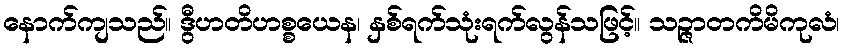
နောက်ကျသည်။ ဒွီဟတိဟစ္စယေန၊ နှစ်ရက်သုံးရက်လွန်သဖြင့်။ သဉ္ဇာတကိမိကုလံ၊